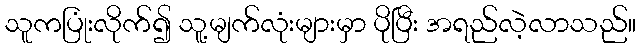
သူကပြုံးလိုက်၍ သူ့မျက်လုံးများမှာ ပိုပြီး အရည်လဲ့လာသည်။